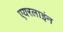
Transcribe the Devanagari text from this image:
एयरलाइंन